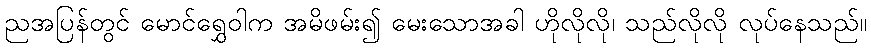
ညအပြန်တွင် မောင်ရွှေဝါက အမိဖမ်း၍ မေးသောအခါ ဟိုလိုလို၊ သည်လိုလို လုပ်နေသည်။